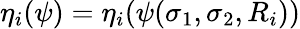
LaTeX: \eta_{i}(\psi)=\eta_{i}(\psi(\sigma_{1},\sigma_{2},R_{i}))